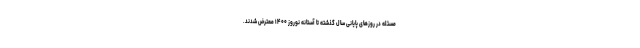
مسئله در روزهای پایانی سال گذشته تا آستانه نوروز ۱۴۰۰ معترض شدند.